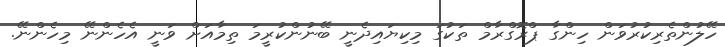
ހޭލުންތެރިކުރުވަން ހިންގާ ޕްރޮގްރާމް ތަކުގަ މިކިޔައިދެނީ ބޭނުންކުރީމަ ތިމާއަށް ވަނީ އެހެންނޭ މިހެންނޭ.